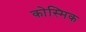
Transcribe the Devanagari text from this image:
कोस्मिक